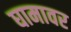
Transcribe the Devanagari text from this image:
घामावर